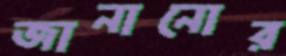
জানানোর